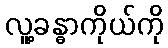
လူ့ခန္ဓာကိုယ်ကို